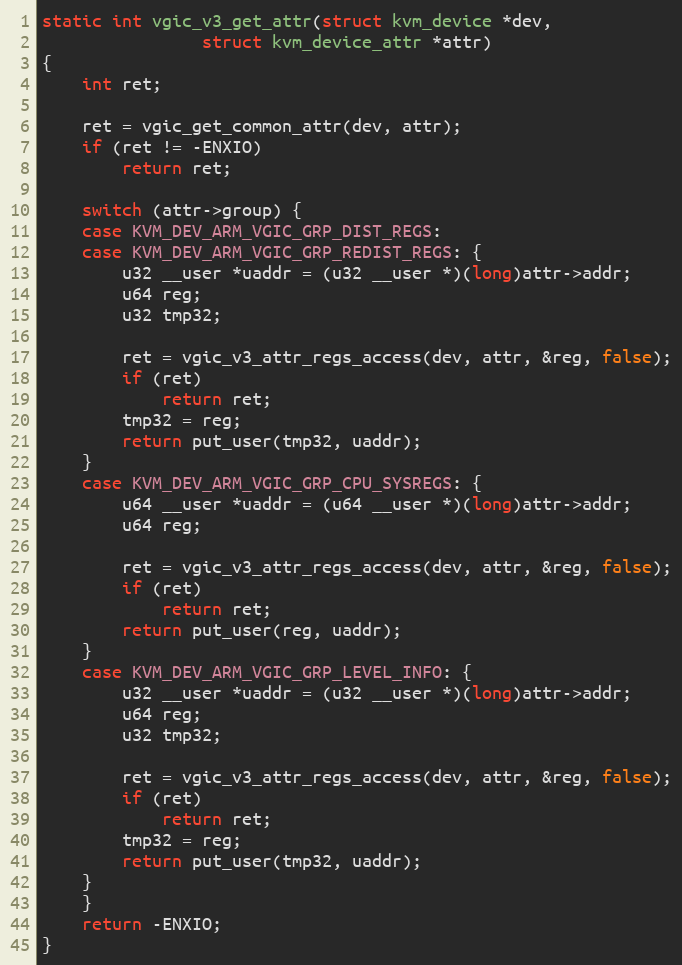
Language: C
static int vgic_v3_get_attr(struct kvm_device *dev,
			    struct kvm_device_attr *attr)
{
	int ret;

	ret = vgic_get_common_attr(dev, attr);
	if (ret != -ENXIO)
		return ret;

	switch (attr->group) {
	case KVM_DEV_ARM_VGIC_GRP_DIST_REGS:
	case KVM_DEV_ARM_VGIC_GRP_REDIST_REGS: {
		u32 __user *uaddr = (u32 __user *)(long)attr->addr;
		u64 reg;
		u32 tmp32;

		ret = vgic_v3_attr_regs_access(dev, attr, &reg, false);
		if (ret)
			return ret;
		tmp32 = reg;
		return put_user(tmp32, uaddr);
	}
	case KVM_DEV_ARM_VGIC_GRP_CPU_SYSREGS: {
		u64 __user *uaddr = (u64 __user *)(long)attr->addr;
		u64 reg;

		ret = vgic_v3_attr_regs_access(dev, attr, &reg, false);
		if (ret)
			return ret;
		return put_user(reg, uaddr);
	}
	case KVM_DEV_ARM_VGIC_GRP_LEVEL_INFO: {
		u32 __user *uaddr = (u32 __user *)(long)attr->addr;
		u64 reg;
		u32 tmp32;

		ret = vgic_v3_attr_regs_access(dev, attr, &reg, false);
		if (ret)
			return ret;
		tmp32 = reg;
		return put_user(tmp32, uaddr);
	}
	}
	return -ENXIO;
}